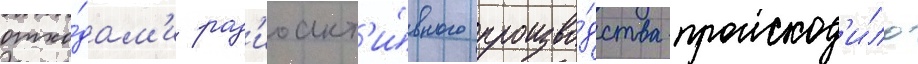
отхо́дам'и рад'иоакт'и́вного произво́дства происход'и́ло